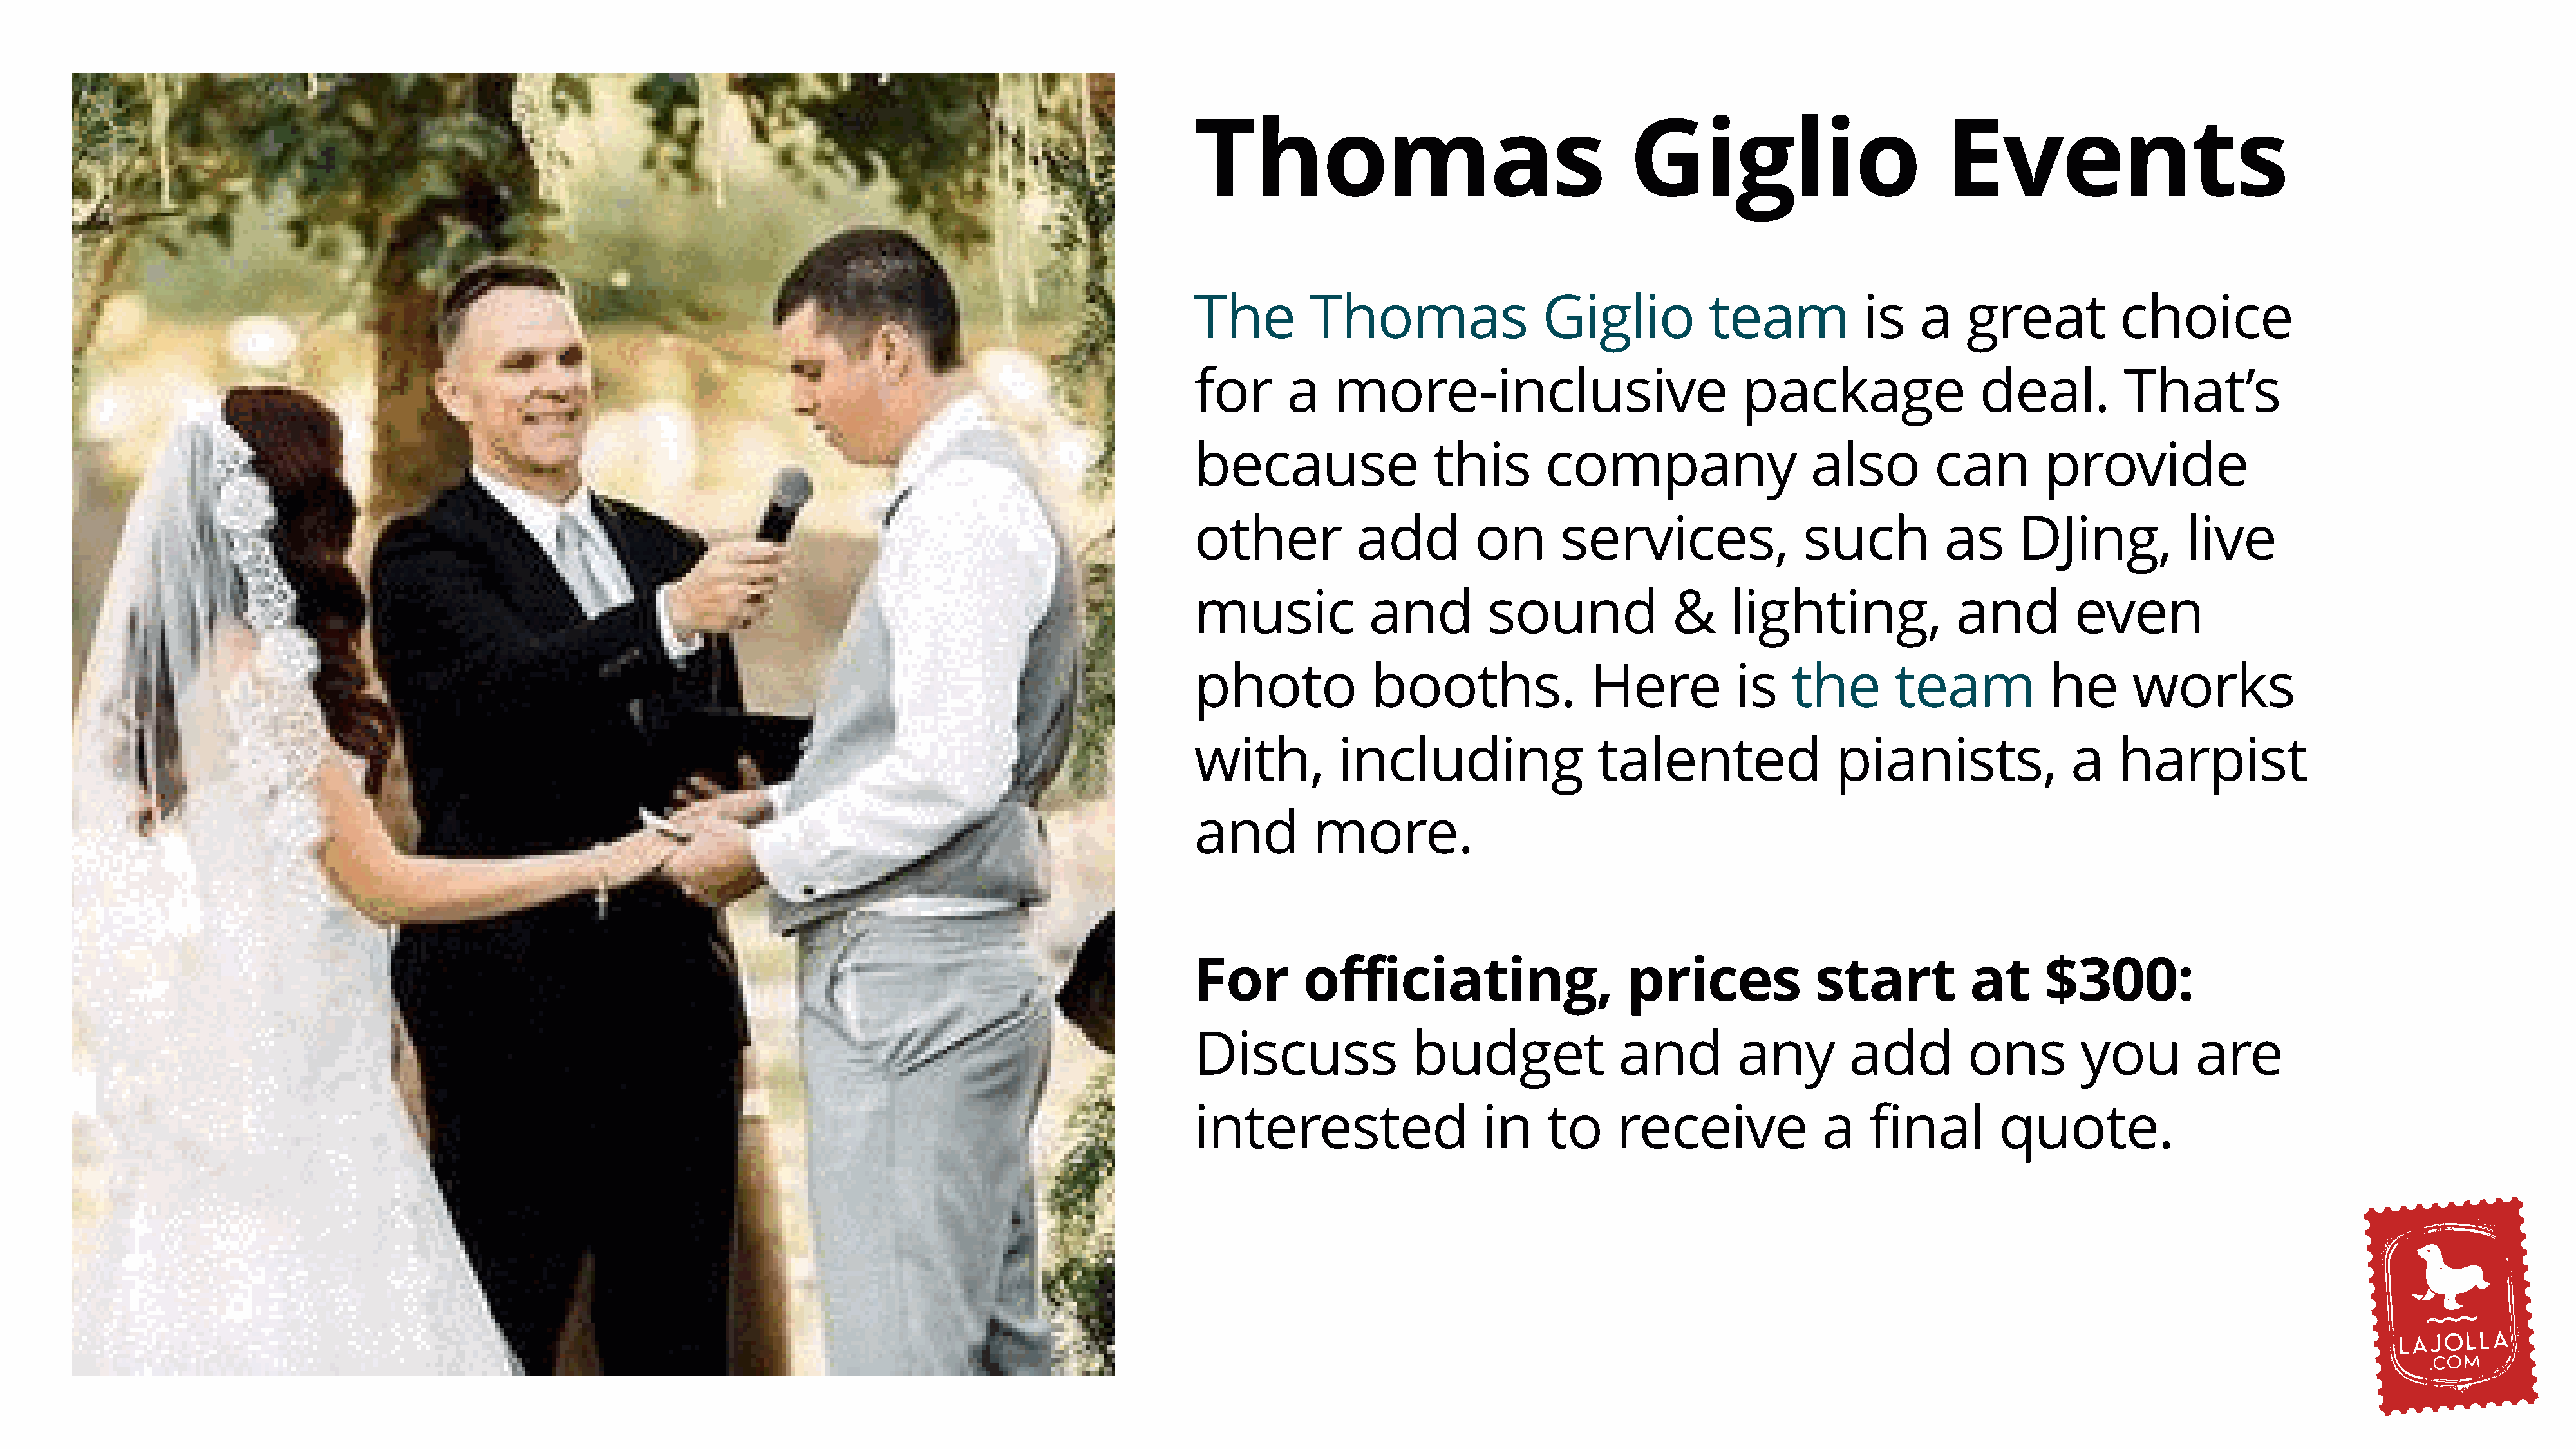
Thomas                                      Giglio                           Events
 The         Thomas                  Giglio           team            is   a    great           choice
 for      a    more-inclusive                            package                 deal.          That’s
 because                 this        company                    also         can        provide
 other           add          on      services,                such           as      DJing,           live
 music             and         sound              &     lighting,              and         even
 photo             booths.               Here           is    the        team            he      works
 with,          including                 talented                 pianists,               a    harpist
 and         more.
 For        officiating,                     prices              start          at      $300:
 Discuss               budget               and          any        add         ons         you         are
 interested                   in     to     receive              a    final        quote.